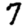
Digit: 7